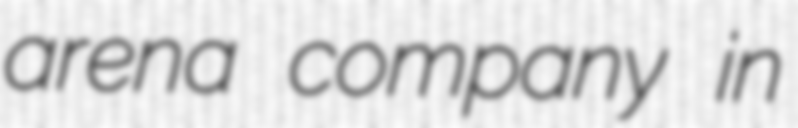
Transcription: arena company in